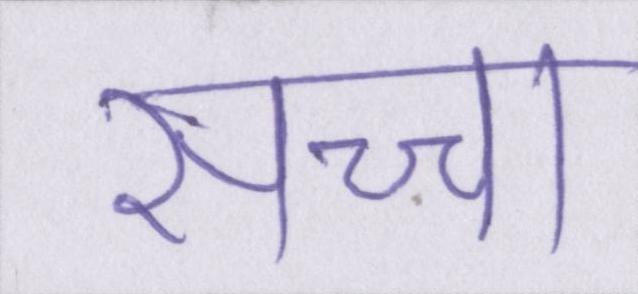
सच्चा